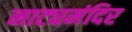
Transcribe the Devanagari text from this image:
नाट्यमंदिर